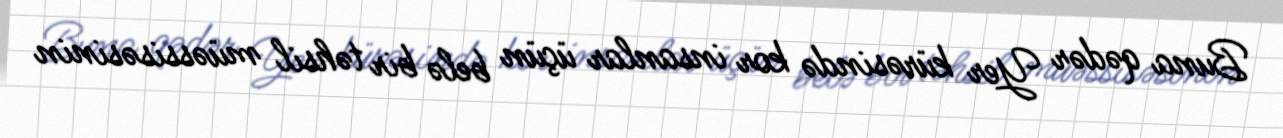
Buna qədər Yer kürəsində kor insanlar üçün belə bir təhsil müəssisəsinin